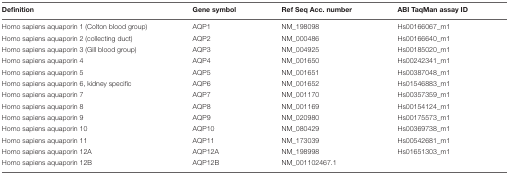
| Definition | Gene symbol | Ref Seq Acc. number | ABI TaqMan assay ID |
 | --- | --- | --- | --- |
 | Homo sapiens aquaporin 1 (Colton blood group) | AQP1 | NM_198098 | Hs00166067_m1 |
 | Homo sapiens aquaporin 2 (collecting duct) | AQP2 | NM_000486 | Hs00166640_m1 |
 | Homo sapiens aquaporin 3 (Gill blood group) | AQP3 | NM_004925 | Hs00185020_m1 |
 | Homo sapiens aquaporin 4 | AQP4 | NM_001650 | Hs00242341_m1 |
 | Homo sapiens aquaporin 5 | AQP5 | NM_001651 | Hs00387048_m1 |
 | Homo sapiens aquaporin 6, kidney specific | AQP6 | NM_001652 | Hs01546883_m1 |
 | Homo sapiens aquaporin 7 | AQP7 | NM_001170 | Hs00357359_m1 |
 | Homo sapiens aquaporin 8 | AQP8 | NM_001169 | Hs00154124_m1 |
 | Homo sapiens aquaporin 9 | AQP9 | NM_020980 | Hs00175573_m1 |
 | Homo sapiens aquaporin 10 | AQP10 | NM_080429 | Hs00369738_m1 |
 | Homo sapiens aquaporin 11 | AQP11 | NM_173039 | Hs00542681_m1 |
 | Homo sapiens aquaporin 12A | AQP12A | NM_198998 | Hs01651303_m1 |
 | Homo sapiens aquaporin 12B | AQP12B | NM_001102467.1 |  |